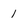
Character: 1